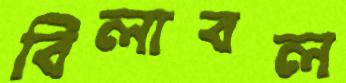
বিলাবল